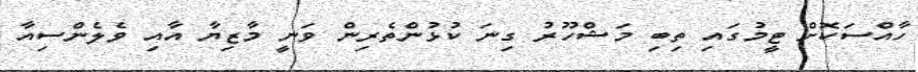
ހާއްސަކޮށް ޓީމުގައި ތިބި މަޝްހޫރު ގިނަ ކުޅުންތެރިން ވަނީ މާޒިޔާ އާއި ވެލެންސިއާ